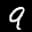
Label: 9